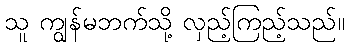
သူ ကျွန်မဘက်သို့ လှည့်ကြည့်သည်။